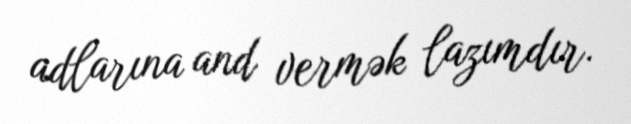
adlarına and vermək lazımdır.